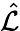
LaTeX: \hat{\mathcal{L}}